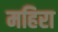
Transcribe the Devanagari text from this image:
महिरा